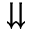
\downdownarrows